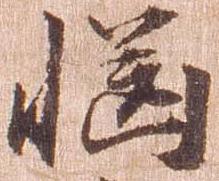
慥